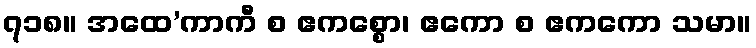
၇၁၈။ အထေ’ကာကီ စ ဧကစ္စော၊ ဧကော စ ဧကကော သမာ။